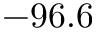
- 9 6 . 6